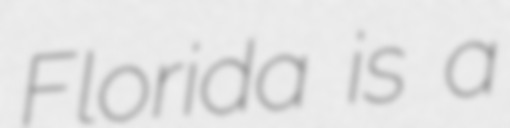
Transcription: Florida is a